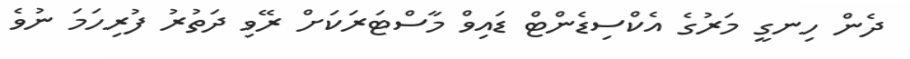
ދެން ހިނގީ މަރުގެ އެކްސިޑެންޓް ޑައިވް މާސްޓަރަކަށް ރޭވި ދަތުރު ފުރިހަމަ ނުވެ